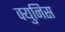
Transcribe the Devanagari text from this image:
क्युनिस